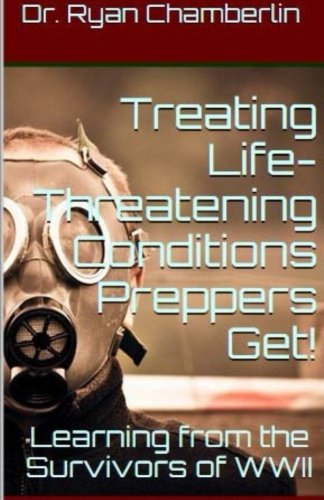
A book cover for How to Treat Life-Threatening Conditions Preppers Get!: The Prepper Pages Survival Medicine Guide to Dealing with the Most Common Infections & Illnesses Plaguing Preppers (Volume 2); Dr. Ryan Chamberlin; Medical Books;